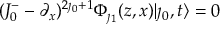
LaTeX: ( J _ { 0 } ^ { - } - \partial _ { x } ) ^ { 2 \jmath _ { 0 } + 1 } \Phi _ { \jmath _ { 1 } } ( z , x ) | \jmath _ { 0 } , t \rangle = 0